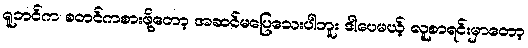
ရူဘင်က စတင်ကစားဖို့တော့ အဆင်မပြေသေးပါဘူး ဒါပေမယ့် လူစာရင်းမှာတော့